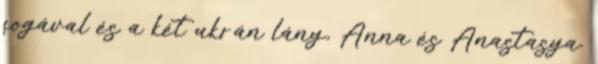
fogával és a két ukrán lány, Anna és Anastasya.